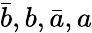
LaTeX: {\bar{b}},b,{\bar{a}},a